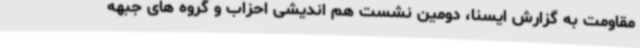
مقاومت به گزارش ایسنا، دومین نشست هم اندیشی احزاب و گروه های جبهه